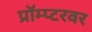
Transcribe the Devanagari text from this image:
प्रॉम्प्टरवर